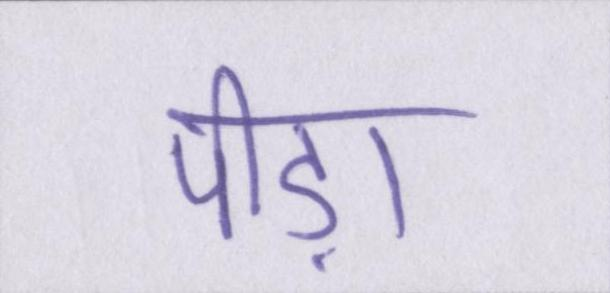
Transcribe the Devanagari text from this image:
पीड़ा